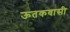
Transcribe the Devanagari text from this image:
ऊतकवासी